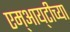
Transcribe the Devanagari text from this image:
एम्‌आय्‌टीच्या